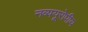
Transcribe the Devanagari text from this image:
नव्ययूरोपीय